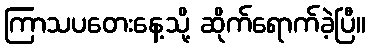
ကြာသပတေးနေ့သို့ ဆိုက်ရောက်ခဲ့ပြီ။